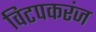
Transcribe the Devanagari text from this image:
विटपकरंज